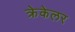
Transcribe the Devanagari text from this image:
क्रेकेलर